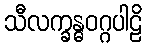
သီလက္ခန္ဓဝဂ္ဂပါဠိ